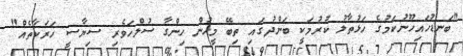
"ބަނޑުހައިހޫނުކަމުގެ ހަޅުތާލު ކުރުމަކީ ބަންދުގައި ތިބޭ މީހުން ހިންގާ ސުލްހަވެރި ސިޔާސީ ހަރަކާތެއް"